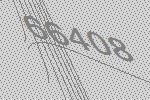
66408